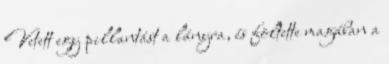
Vetett egy pillantást a lányra, és föltette magában a